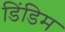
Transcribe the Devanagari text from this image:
डिंडिम